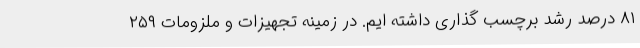
۸۱ درصد رشد برچسب‌ گذاری داشته ‌ایم. در زمینه تجهیزات و ملزومات ۲۵۹